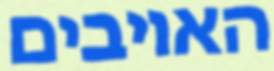
האויבים